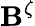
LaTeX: \mathbf{B}^{\zeta}